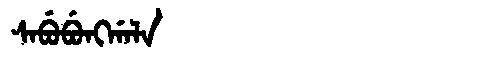
Manchu: ᠰᠠᠪᡠᠪᡠᠩᡤᠠᠯᠠ
Romanization: SABUBUNGGALA